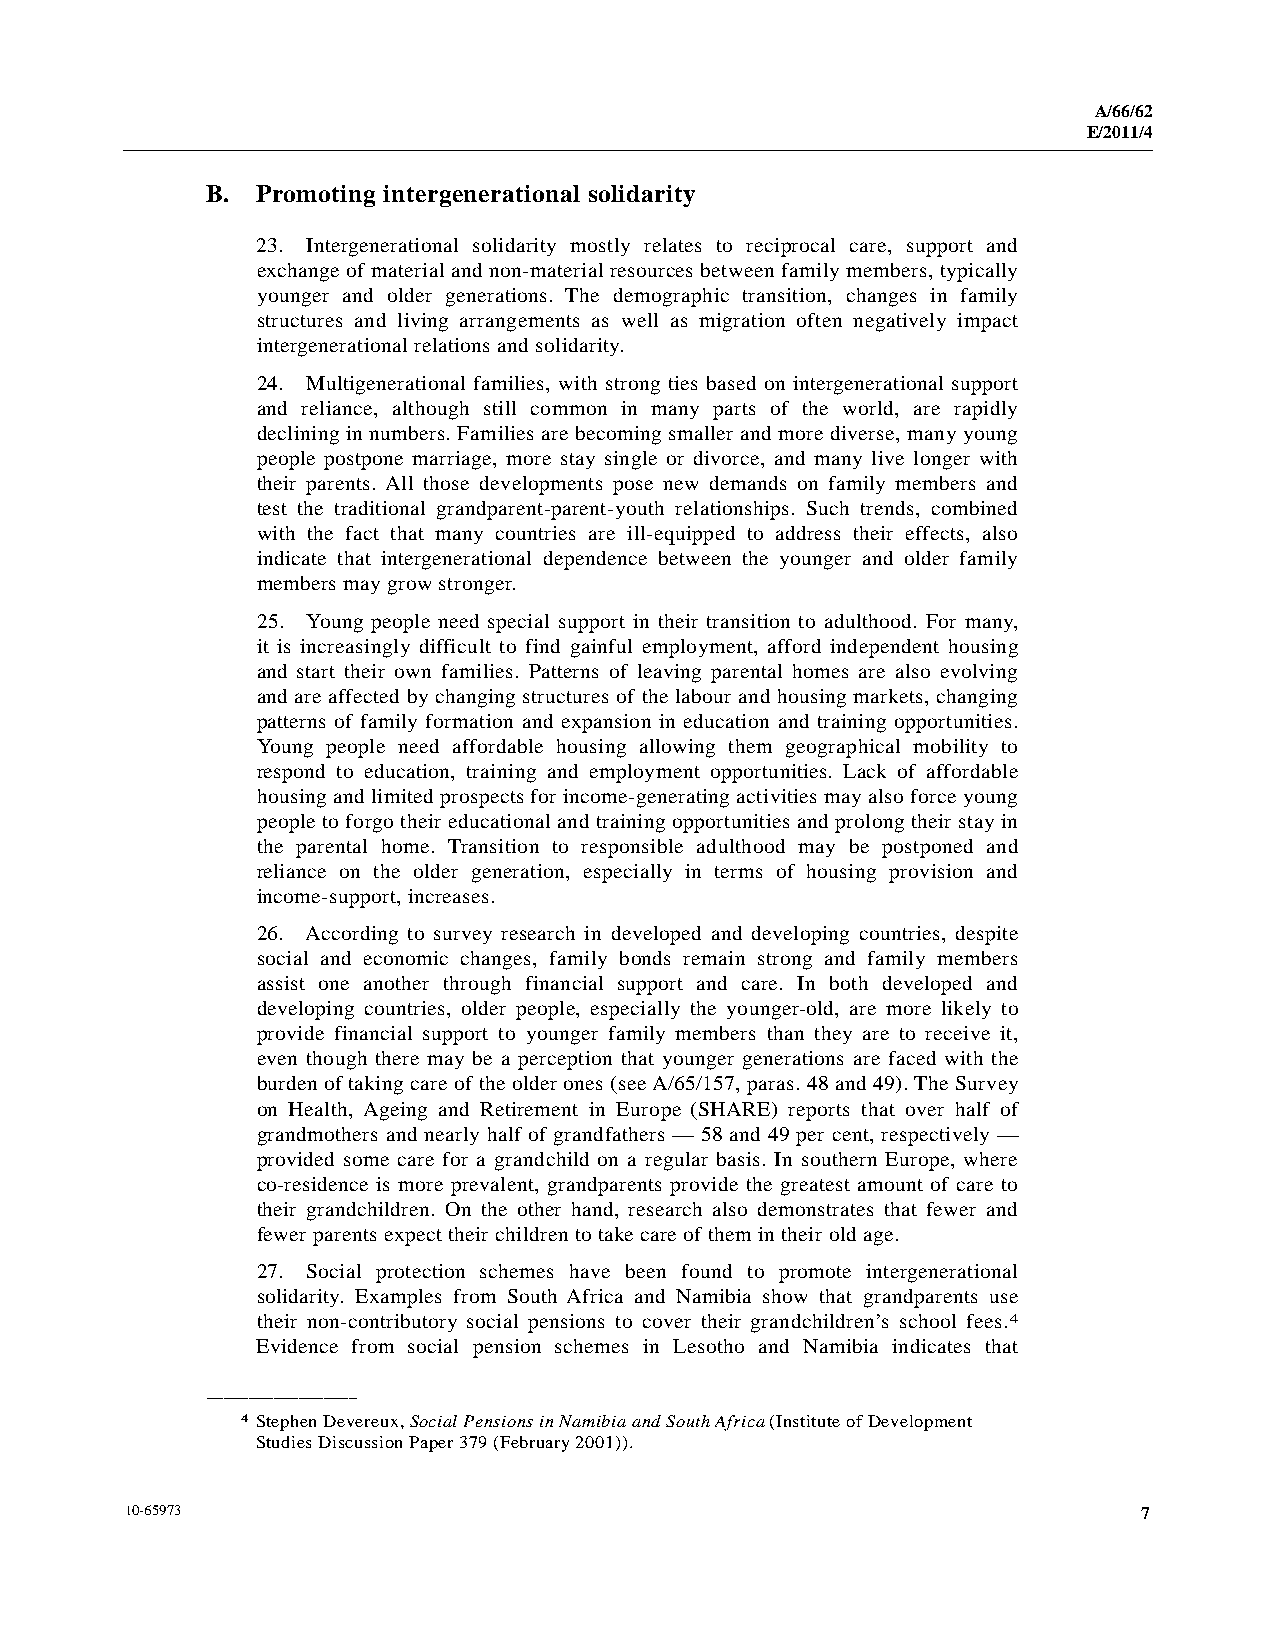
A/66/62
 E/2011/4
 B. Promoting intergenerational solidarity
 23. Intergenerational solidarity mostly relates to reciprocal care, support and
 exchange of material and non-material resources between family members, typically
 younger and older generations. The demographic transition, changes in family
 structures and living arrangements as well as migration often negatively impact
 intergenerational relations and solidarity.
 24. Multigenerational families, with strong ties based on intergenerational support
 and reliance, although still common in many parts of the world, are rapidly
 declining in numbers. Families are becoming smaller and more diverse, many young
 people postpone marriage, more stay single or divorce, and many live longer with
 their parents. All those developments pose new demands on family members and
 test the traditional grandparent-parent-youth relationships. Such trends, combined
 with the fact that many countries are ill-equipped to address their effects, also
 indicate that intergenerational dependence between the younger and older family
 members may grow stronger.
 25. Young people need special support in their transition to adulthood. For many,
 it is increasingly difficult to find gainful employment, afford independent housing
 and start their own families. Patterns of leaving parental homes are also evolving
 and are affected by changing structures of the labour and housing markets, changing
 patterns of family formation and expansion in education and training opportunities.
 Young people need affordable housing allowing them geographical mobility to
 respond to education, training and employment opportunities. Lack of affordable
 housing and limited prospects for income-generating activities may also force young
 people to forgo their educational and training opportunities and prolong their stay in
 the parental home. Transition to responsible adulthood may be postponed and
 reliance on the older generation, especially in terms of housing provision and
 income-support, increases.
 26. According to survey research in developed and developing countries, despite
 social and economic changes, family bonds remain strong and family members
 assist one another through financial support and care. In both developed and
 developing countries, older people, especially the younger-old, are more likely to
 provide financial support to younger family members than they are to receive it,
 even though there may be a perception that younger generations are faced with the
 burden of taking care of the older ones (see A/65/157, paras. 48 and 49). The Survey
 on Health, Ageing and Retirement in Europe (SHARE) reports that over half of
 grandmothers and nearly half of grandfathers — 58 and 49 per cent, respectively —
 provided some care for a grandchild on a regular basis. In southern Europe, where
 co-residence is more prevalent, grandparents provide the greatest amount of care to
 their grandchildren. On the other hand, research also demonstrates that fewer and
 fewer parents expect their children to take care of them in their old age.
 27. Social protection schemes have been found to promote intergenerational
 solidarity. Examples from South Africa and Namibia show that grandparents use
 their non-contributory social pensions to cover their grandchildren’s school fees.4
 Evidence from social pension schemes in Lesotho and Namibia indicates that
 __________________
 4 Stephen Devereux, Social Pensions in Namibia and South Africa (Institute of Development
 Studies Discussion Paper 379 (February 2001)).
 10-65973                                                            7